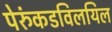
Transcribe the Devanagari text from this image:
पेरुंकडविलयिल